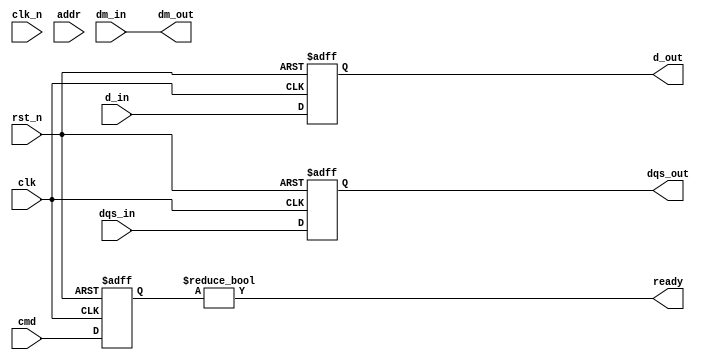
module ddr5_sdram_io (
    // DDR5 I/O signals
    input wire [63:0] d_in,            // Data input
    output wire [63:0] d_out,          // Data output
    input wire [7:0] dqs_in,           // Data strobe input
    output wire [7:0] dqs_out,         // Data strobe output
    input wire clk,                     // Clock input
    input wire clk_n,                   // Inverted clock input
    input wire [15:0] cmd,              // Command signals
    input wire [31:0] addr,             // Address signals
    output wire ready,                  // Ready signal
    input wire dm_in,                   // Data mask input
    output wire dm_out,                 // Data mask output
    input wire rst_n                    // Reset signal
);

    // Internal signals
    reg [63:0] data_buffer;
    reg [7:0] dqs_buffer;
    reg [15:0] cmd_reg;
    reg [31:0] addr_reg;

    // Input Buffer
    always @(posedge clk or negedge rst_n) begin
        if (!rst_n) begin
            data_buffer <= 64'b0;
            dqs_buffer <= 8'b0;
        end else begin
            data_buffer <= d_in; // Capture incoming data
            dqs_buffer <= dqs_in; // Capture incoming DQS
        end
    end

    // Output Buffer
    assign d_out = data_buffer; // Drive outgoing data
    assign dqs_out = dqs_buffer; // Drive outgoing DQS

    // Command Decoder
    always @(posedge clk or negedge rst_n) begin
        if (!rst_n) begin
            cmd_reg <= 16'b0;
            addr_reg <= 32'b0;
        end else begin
            cmd_reg <= cmd; // Capture command signals
            addr_reg <= addr; // Capture address signals
        end
    end

    // Ready signal generation (simplified)
    assign ready = (cmd_reg != 16'b0); // Example condition for ready signal

    // Handle Data Masking
    assign dm_out = dm_in; // Pass-through for data mask (for simplicity)

    // Clock Domain Crossing and Timing Control logic would be implemented here

    // Calibration and Error Correction logic would also be implemented here

endmodule